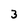
Character: 3